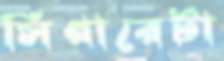
সিগারেটা